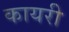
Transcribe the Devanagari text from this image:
कायरी